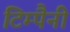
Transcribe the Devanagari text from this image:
टिम्पैनी